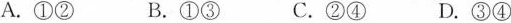
A. ①② B. ①③ C. ②④ D. ③④